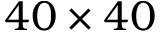
4 0 \times 4 0